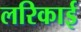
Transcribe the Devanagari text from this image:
लरिकाई